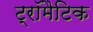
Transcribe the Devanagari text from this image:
ट्रॉमैटिक